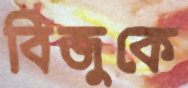
বিজুকে